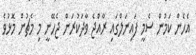
އެހެން ކަމުން ސެމީ ފައިނަލްގައި ރާއްޖެ ވާދަކުރަން ޖެހޭނީ މި މެޗުން މޮޅުވެ